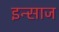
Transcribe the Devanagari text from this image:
इन्साज